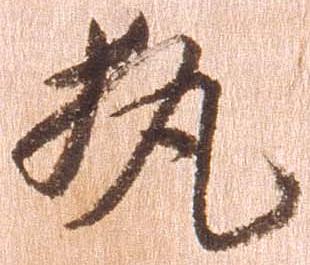
執